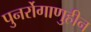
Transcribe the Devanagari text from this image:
पुनर्रोगाणुहीन